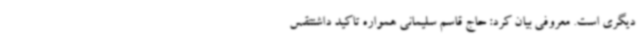
دیگری است. معروفی بیان کرد: حاج قاسم سلیمانی همواره تاکید داشتتقس